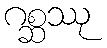
ဂစ္ဆဿု